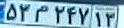
۵۳م۲۴۷۱۳